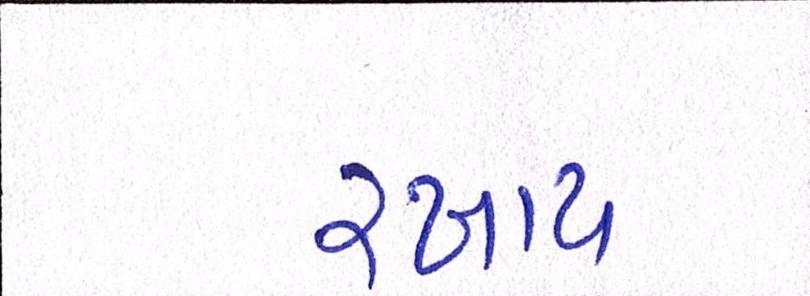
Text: રખાય